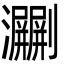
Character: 㶜